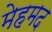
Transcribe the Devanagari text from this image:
मेहमद